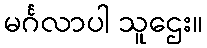
မင်္ဂလာပါ သူဌေး။